Leaving Certificate Examination, 1921
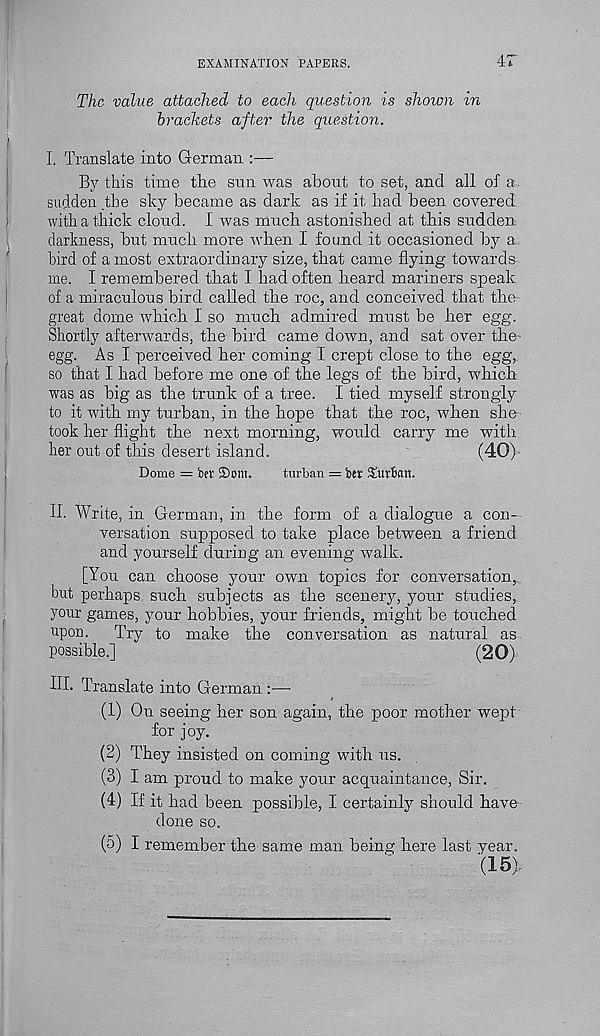
EXAMINATION PAPERS.
iT
The value attached to each question is shown in
brackets after the question.
I. Translate into German :—
By this time the sun was about to set, and all of a
sudden .the sky became as dark as if it had been covered,
with a thick cloud. I was much astonished at this sudden
darkness, but much more when I found it occasioned by a
bird of a most extraordinary size, that came flying towards
me. I remembered that I had often heard mariners speak
of a miraculous bird called the roc, and conceived that the
great dome which 1 so much admired must be her egg.
Shortly afterwards, the bird came down, and sat over the
egg. As I perceived her coming I crept close to the egg,
so that I had before me one of the legs of the bird, which
was as big as the trunk of a tree. I tied myself strongly
to it with my turban, in the hope that the roc, when she
took her flight the next morning, would carry me with
her out of this desert island.
(40)'
Dome = ber $ont.
turban == btr Durban.
II. Write, in German, in the form of a dialogue a con-
versation supposed to take place between a friend
and yourself during an evening walk.
[You can choose your own topics for conversation,
but perhaps such subjects as the scenery, your studies,
your games, your hobbies, your friends, might be touched
upon.
Try to make the conversation as natural as
possible.]
(20)
HI. Translate into German :—
(1) On seeing her son again, the poor mother wept
for joy.
(2) They insisted on coming with us.
(3) I am proud to make your acquaintance, Sir.
(4) If it had been possible, I certainly should have
done so.
(5) I remember the same man being here last year.
(15).